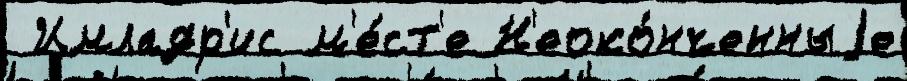
 Имладр'ис м'е́ст'е Н'еоко́нченныjе